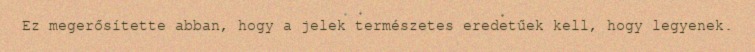
Ez megerősítette abban, hogy a jelek természetes eredetűek kell, hogy legyenek.